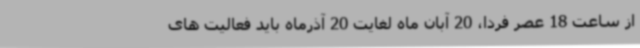
از ساعت 18 عصر فردا، 20 آبان ماه لغایت 20 آذرماه باید فعالیت های